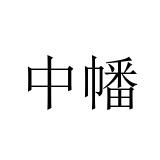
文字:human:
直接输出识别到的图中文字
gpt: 中幡